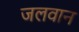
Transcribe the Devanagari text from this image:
जलवान